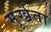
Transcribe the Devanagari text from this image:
मूर्ख्रता